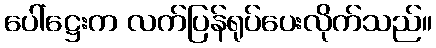
ပေါ်ဋ္ဌေးက လက်ပြန်ရုပ်ပေးလိုက်သည်။